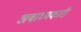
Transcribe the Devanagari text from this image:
अबाध्यकारी